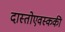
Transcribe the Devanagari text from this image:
दास्तोएवस्ककी